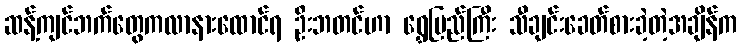
ဆန့်ကျင်ဘက်တွေကလာနားထောင်ရ ဦးဘတင်ဟာ ရွှေပြည်ကြီး သီချင်းခေတ်စားခဲ့တဲ့အချိန်က